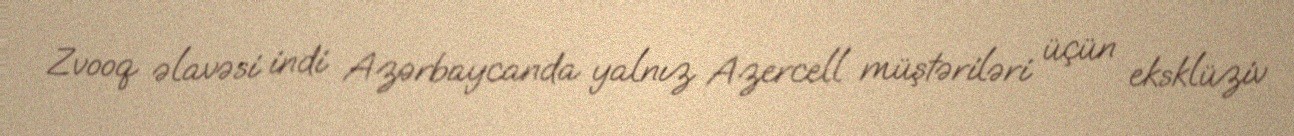
Zvooq əlavəsi indi Azərbaycanda yalnız Azercell müştəriləri üçün eksklüziv